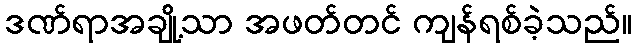
ဒဏ်ရာအချို့သာ အဖတ်တင် ကျန်ရစ်ခဲ့သည်။